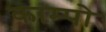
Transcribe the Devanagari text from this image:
काम्पो